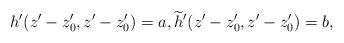
LaTeX: \begin{align*}h'(z'-z'_0, z'-z'_0) = a,\widetilde h' (z'-z'_0, z'-z'_0) =b,\end{align*}